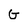
Character: G